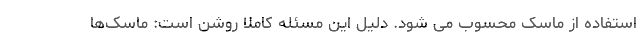
استفاده از ماسک محسوب می شود. دلیل این مسئله کاملا روشن است: ماسک‌ها